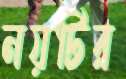
নয়টির